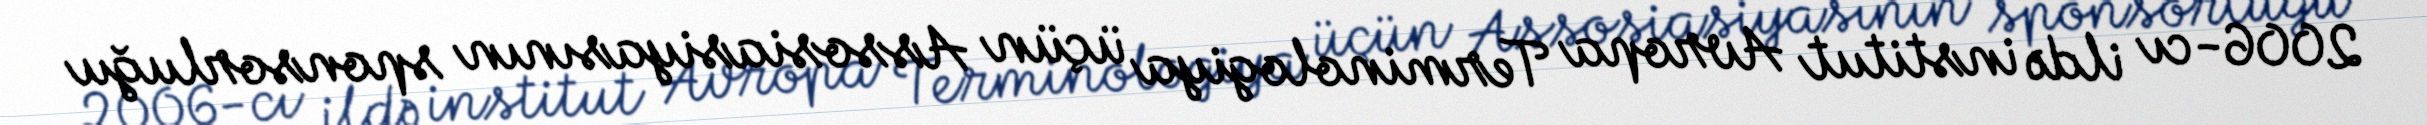
2006-cı ildə institut Avropa Terminologiya üçün Assosiasiyasının sponsorluğu